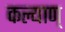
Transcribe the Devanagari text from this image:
कल्याण्